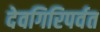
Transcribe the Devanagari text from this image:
देवगिरिपर्वत